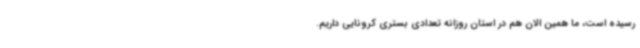
رسیده است، ما همین الان هم در استان روزانه تعدادی بستری کرونایی داریم.